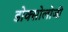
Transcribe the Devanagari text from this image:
डोक्सोलोजी